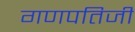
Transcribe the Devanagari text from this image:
गणपतिजी